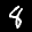
Label: 8